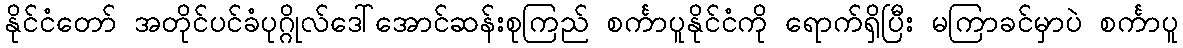
နိုင်ငံတော် အတိုင်ပင်ခံပုဂ္ဂိုလ်ဒေါ်အောင်ဆန်းစုကြည် စင်္ကာပူနိုင်ငံကို ရောက်ရှိပြီး မကြာခင်မှာပဲ စင်္ကာပူ